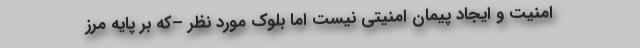
امنیت و ایجاد پیمان امنیتی نیست اما بلوک‌ مورد نظر –که بر پایه مرز